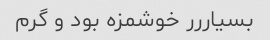
بسیاررر خوشمزه بود و گرم